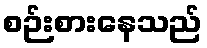
စဉ်းစားနေသည်